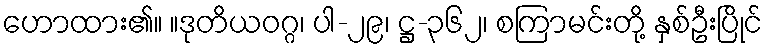
ဟောထား၏။ ။ဒုတိယဝဂ္ဂ၊ ပါ-၂၉၊ ဋ္ဌ-၃၆၂၊ စကြာမင်းတို့ နှစ်ဦးပြိုင်